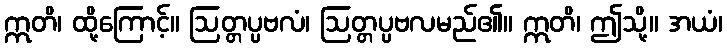
ဣတိ၊ ထို့ကြောင့်။ ဩတ္တပ္ပဗလံ၊ ဩတ္တပ္ပဗလမည်၏။ ဣတိ၊ ဤသို့။ အယံ၊